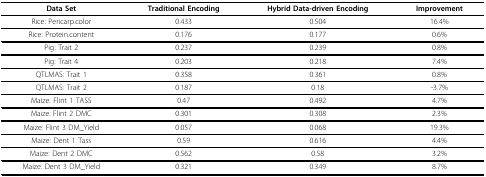
<table><thead><tr><td><b>Data Set</b></td><td><b>Traditional Encoding</b></td><td><b>Hybrid Data-driven Encoding</b></td><td><b>Improvement</b></td></tr></thead><tbody><tr><td>Rice: Pericarp.color</td><td>0.433</td><td>0.504</td><td>16.4%</td></tr><tr><td>Rice: Protein.content</td><td>0.176</td><td>0.177</td><td>0.6%</td></tr><tr><td>Pig: Trait 2</td><td>0.237</td><td>0.239</td><td>0.8%</td></tr><tr><td>Pig: Trait 4</td><td>0.203</td><td>0.218</td><td>7.4%</td></tr><tr><td>QTLMAS: Trait 1</td><td>0.358</td><td>0.361</td><td>0.8%</td></tr><tr><td>QTLMAS: Trait 2</td><td>0.187</td><td>0.18</td><td>-3.7%</td></tr><tr><td>Maize: Flint 1 TASS</td><td>0.47</td><td>0.492</td><td>4.7%</td></tr><tr><td>Maize: Flint 2 DMC</td><td>0.301</td><td>0.308</td><td>2.3%</td></tr><tr><td>Maize: Flint 3 DM_Yield</td><td>0.057</td><td>0.068</td><td>19.3%</td></tr><tr><td>Maize: Dent 1 Tass</td><td>0.59</td><td>0.616</td><td>4.4%</td></tr><tr><td>Maize: Dent 2 DMC</td><td>0.562</td><td>0.58</td><td>3.2%</td></tr><tr><td>Maize: Dent 3 DM_Yield</td><td>0.321</td><td>0.349</td><td>8.7%</td></tr></tbody></table>